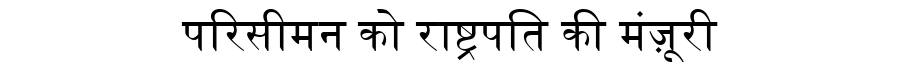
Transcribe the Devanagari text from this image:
परिसीमन को राष्ट्रपति की मंज़ूरी